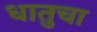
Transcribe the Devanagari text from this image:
धातुचा